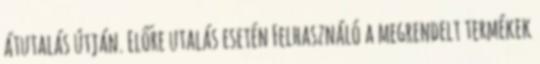
átutalás útján. Előre utalás esetén Felhasználó a megrendelt termékek